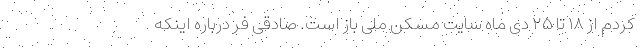
کردم از ۱۸ تا ۲۵ دی ماه سایت مسکن ملی باز است. صادقی فر درباره اینکه